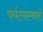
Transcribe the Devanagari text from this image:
पर्यटनस्थलों